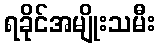
ရခိုင်အမျိုးသမီး